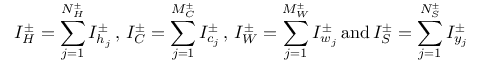
I _ { H } ^ { \pm } = \sum _ { j = 1 } ^ { N _ { H } ^ { \pm } } I _ { h _ { j } } ^ { \pm } \, , \, I _ { C } ^ { \pm } = \sum _ { j = 1 } ^ { M _ { C } ^ { \pm } } I _ { c _ { j } } ^ { \pm } \, , \, I _ { W } ^ { \pm } = \sum _ { j = 1 } ^ { M _ { W } ^ { \pm } } I _ { w _ { j } } ^ { \pm } \, \mathrm { a n d } \, I _ { S } ^ { \pm } = \sum _ { j = 1 } ^ { N _ { S } ^ { \pm } } I _ { y _ { j } } ^ { \pm }